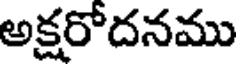
అక్షరోదనము